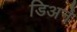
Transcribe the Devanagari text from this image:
डिअने